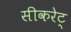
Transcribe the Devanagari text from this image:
सीकरेट्